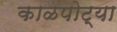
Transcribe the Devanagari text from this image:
काळपोट्या